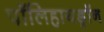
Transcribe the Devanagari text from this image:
पॉलिहायड्रॉन